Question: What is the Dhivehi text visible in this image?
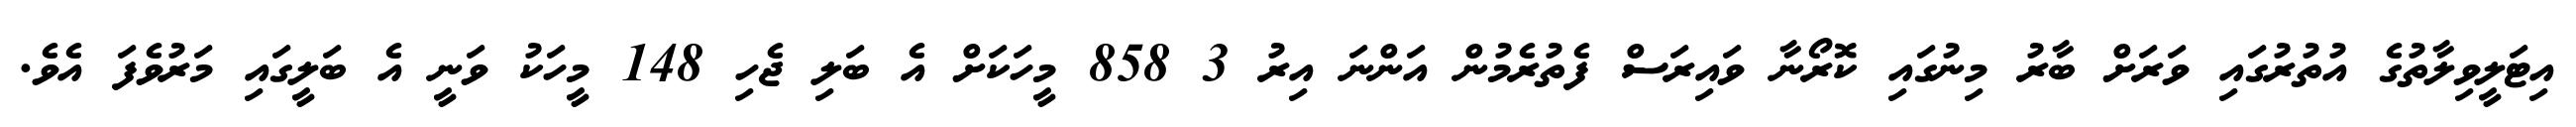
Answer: އިޓަލީވިލާތުގެ އުތުރުގައި ވަރަށް ބާރު މިނުގައި ކޮރޯނާ ވައިރަސް ފެތުރެމުން އަންނަ އިރު 3 858 މީހަކަށް އެ ބަލި ޖެހި 148 މީހަކު ވަނީ އެ ބަލީގައި މަރުވެފަ އެވެ.